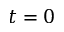
t = 0